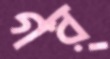
গর্‌